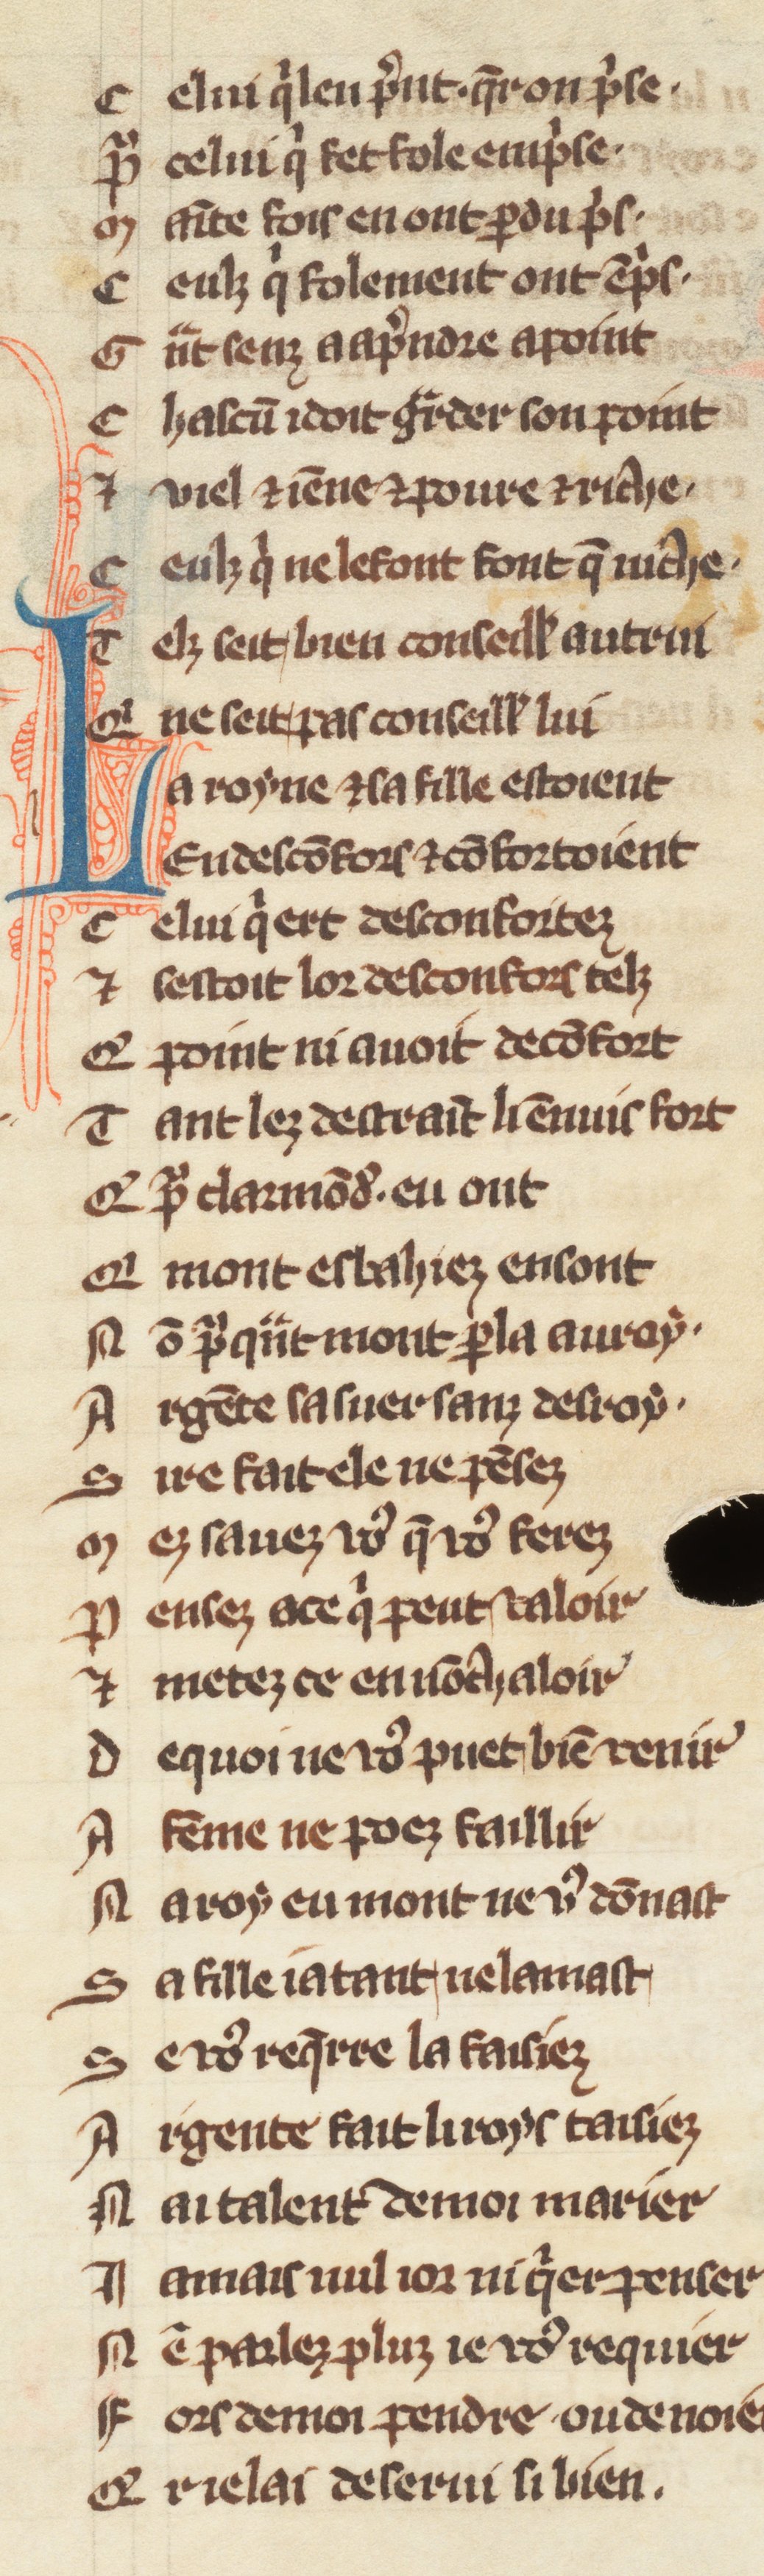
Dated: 1270–1299